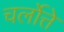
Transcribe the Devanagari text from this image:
चर्लोत्ते